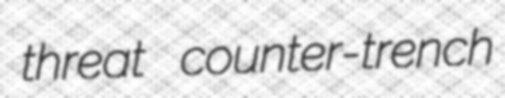
threat counter-trench